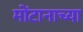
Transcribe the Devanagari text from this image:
मोंटानाच्या